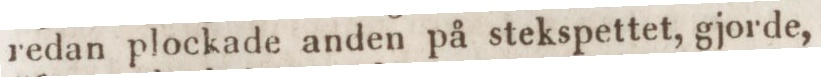
redan plockade anden på stekspettet, gjorde,